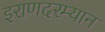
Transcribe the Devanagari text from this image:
इराणदरम्यान